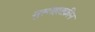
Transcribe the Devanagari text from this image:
मुस्तहक़्क़ीन